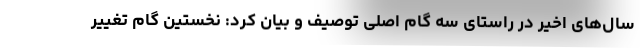
سال‌های اخیر در راستای سه گام اصلی توصیف و بیان کرد: نخستین گام تغییر